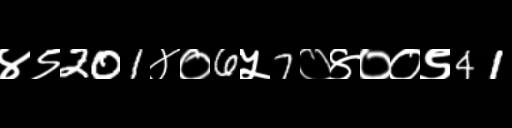
Text: ४९201४०6५7०४००९41